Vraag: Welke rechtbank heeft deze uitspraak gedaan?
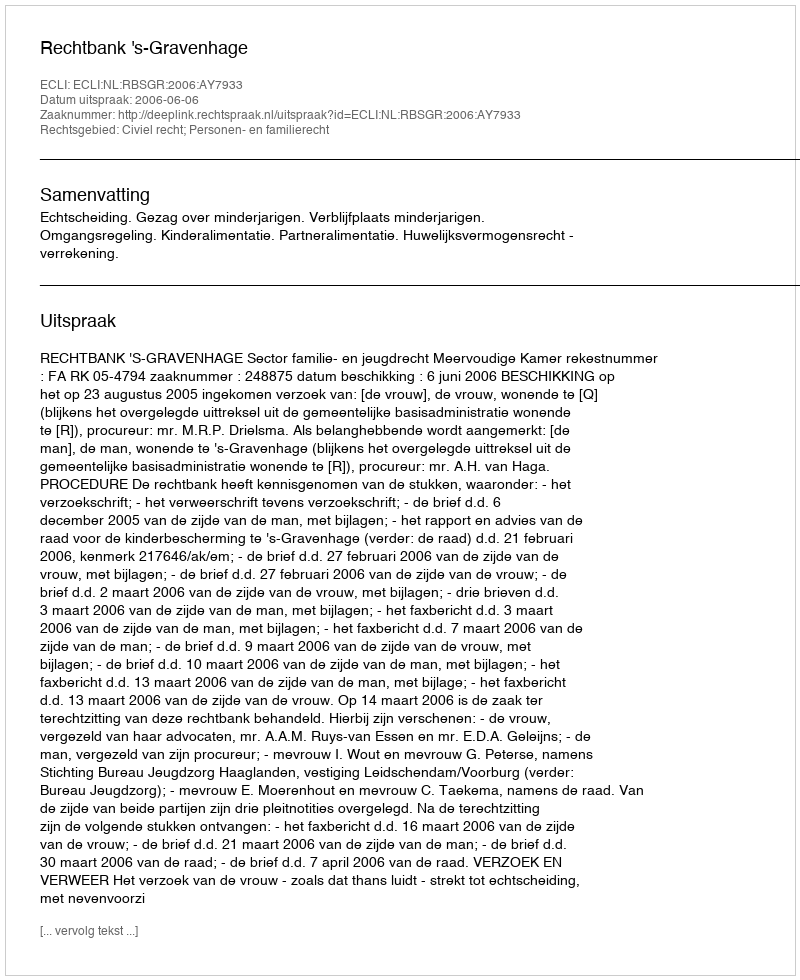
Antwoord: Rechtbank 's-Gravenhage